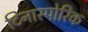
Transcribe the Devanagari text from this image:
टिनास्पोरिक